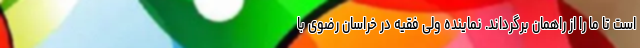
است تا ما را از راهمان برگرداند. نماینده ولی فقیه در خراسان رضوی با